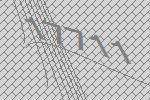
17711